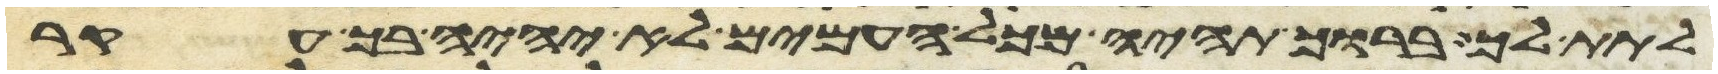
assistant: לתת לך ברוך תהיה מכל העמים לא יהיה בך עקר